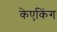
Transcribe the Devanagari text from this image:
केएकिंग